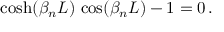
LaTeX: \cosh ( \beta _ { n } L ) \, \cos ( \beta _ { n } L ) - 1 = 0 \, .